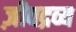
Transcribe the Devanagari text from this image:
ज़ीवद्रव्य